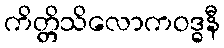
ကိတ္တိသိလောကဝဒ္ဓနီ